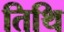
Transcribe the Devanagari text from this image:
तिथि